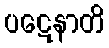
ပဋေနာတိ